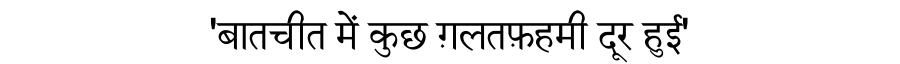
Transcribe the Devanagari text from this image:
'बातचीत में कुछ ग़लतफ़हमी दूर हुई'